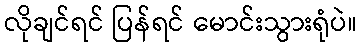
လိုချင်ရင် ပြန်ရင် မောင်းသွားရုံပဲ။